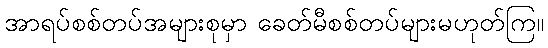
အာရပ်စစ်တပ်အများစုမှာ ခေတ်မီစစ်တပ်များမဟုတ်ကြ။